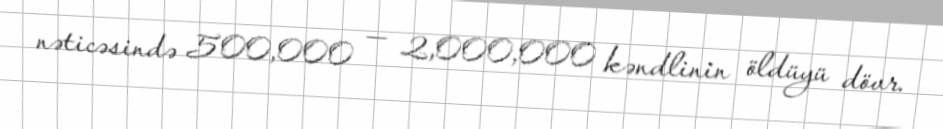
nəticəsində 500,000 — 2,000,000 kəndlinin öldüyü dövr.